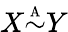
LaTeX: X{\overset{\underset{\mathrm{A}}{}}{\sim}}Y